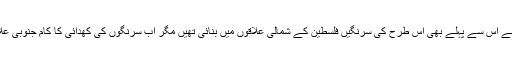
خبروں کے مطابق اسرائیل نے اس سے پہلے بھی اس طرح کی سرنگیں فلسطین کے شمالی علاقوں میں بنائی تھیں مگر اب سرنگوں کی کھدائی کا کام جنوبی علاقے میں انجام دیا جارہا ہے۔